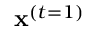
\mathbf { x } ^ { ( t = 1 ) }